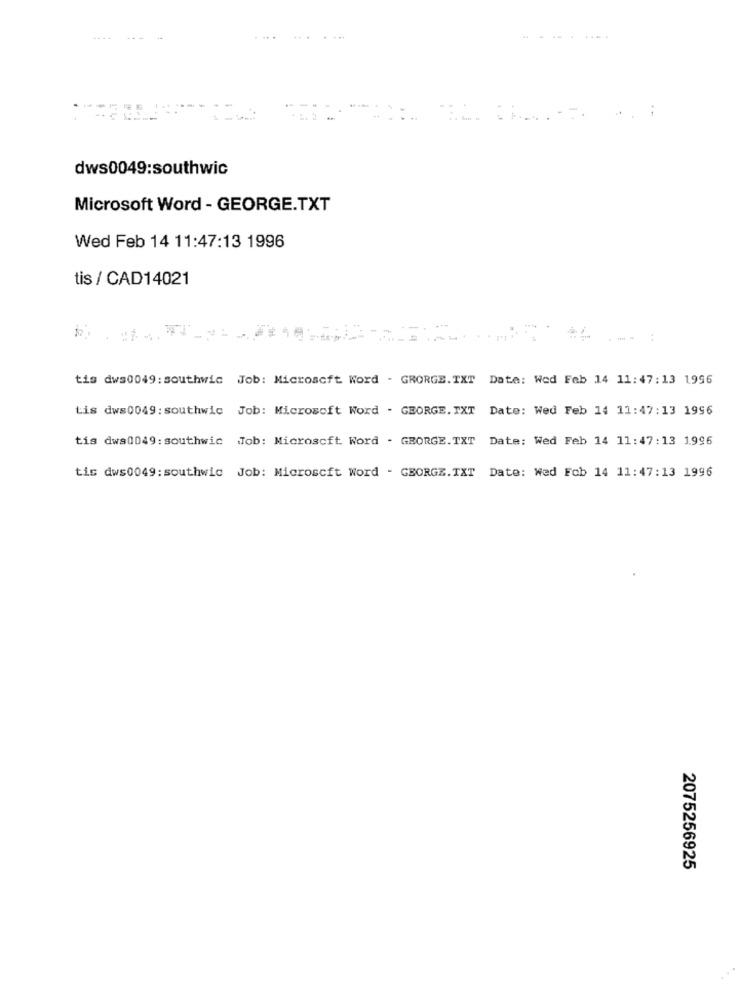
..
dws0049:southwic
Microsoft Word - GEORGE.TXT
Wed Feb 14 11:47:13 1996
tis / CAD14021
tis dws0049: southwic Job: Microsoft Word - GRORGE.TXT Date: Wed Feb 14 11:47:13 1996
tis dws0049: southwic Job: Microsoft Word . GEORGE. IXT Date: Wed Feb 14 11:47:13 1996
tis dwa0049: southwic Job: Microsoft Word . GEORGE.TXT Date: Wed Feb 14 11:47:13 1996
tis dws0049:southwic Job: Microsoft Word - GEORGE.TXT Date: Wed Fob 14 11:47:13 1996
2075256925